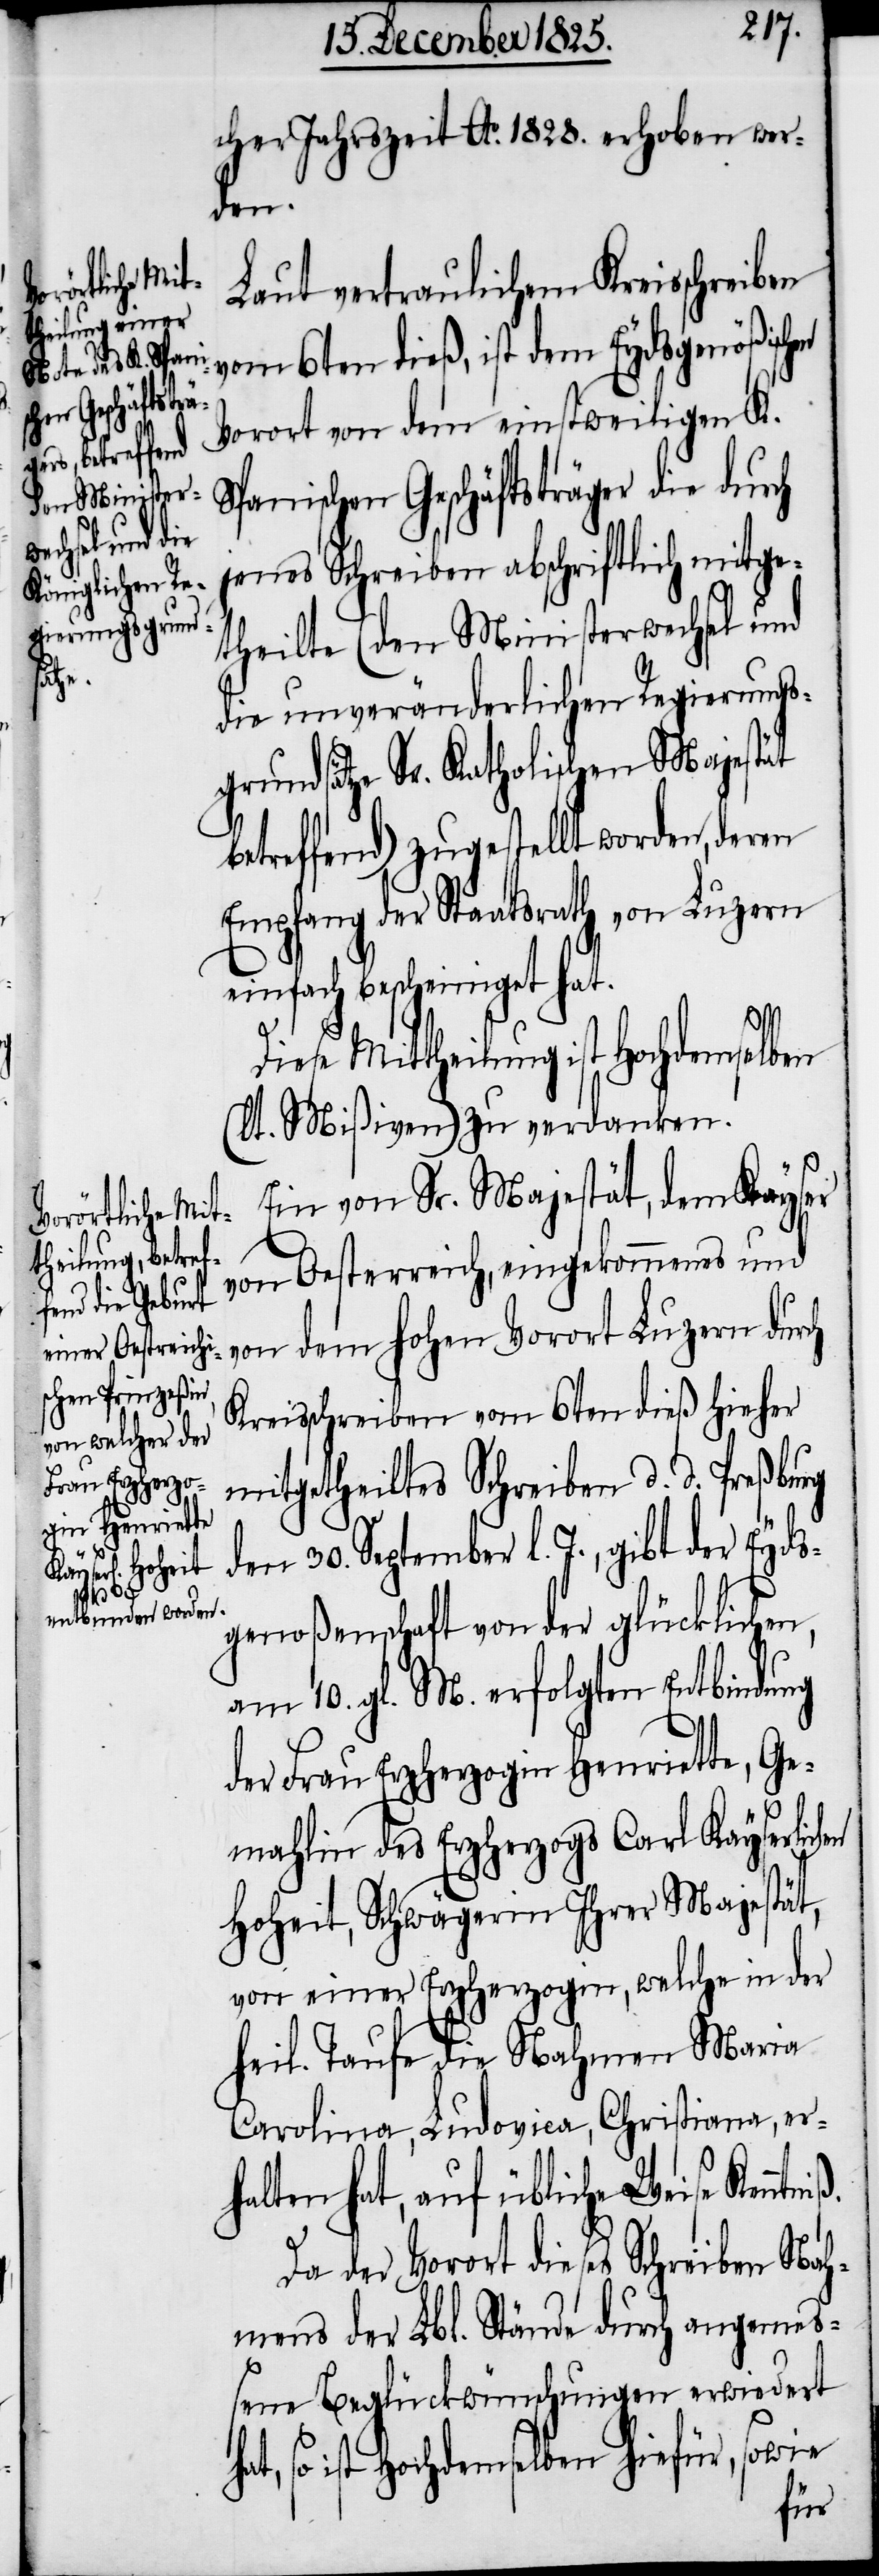
cher Jahrszeit Ao. 1828. erhoben wer¬
en
Laut vertraulichem Kreisschreiben
vom 6ten dieß, ist dem Eydsgenößisch¬
Vorort von dem einstweiligen K.
Vorort Luzern
Spanischen Geschäftsträger die durch
jenes Schreiben abschriftlich mitge¬
theilte (den Ministerwechsel und
die unveränderlichen Regierungs¬
grundsätze Sr. Katholischen Majestät
betreffend) zugestellt worden, deren
Empfang der Staatsrath von Luzern
einfach bescheiniget hat.
Diese Mittheilung ist Hochdemselben
(lt. Mißiven) zu verdanken.
Ein von Sr. Majestät, dem Kayser
von Oesterreich, eingekommenes und
Kreisschreiben vom 6ten dieß hieher
mitgetheiltes Schreiben d. d. Preßburg
den 30. September l. J., gibt der Eyds¬
ß.
genoßenschaft von der glücklichen,
am 10. gl. M. erfolgten Entbindung
der Frau Erzherzogin Henriette, Ge¬
mahlin des Erzherzogs Carl Kayserlichen
Hoheit, Schwägerin Ihrer Majestät,
von einer Erzherzogin, welche in der
heil. Taufe die Nahmen Maria
Carolina, Ludovica, Christiana, er¬
halten hat, auf übliche Weise Kenntni¬
Da der Vorort dieses Schreiben Nah¬
mens der Lbl. Stände durch angemeß¬
ene Beglückwünschungen erwiedert
hat, so ist Hochdemselben hiefür, sowie